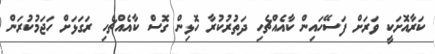
ކަރާއޮށަކީ ވަރަށް ފަސޭހައިން ކާއެއްޗެހި ދަތުރުކުރާ ހޮޅިން ގޮސް ކާއެއްޗެހި ރަގަޅަށް ހަޖަމުކުރަން